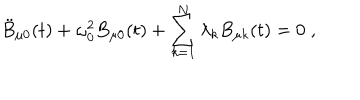
\ddot { B } _ { \mu 0 } ( t ) + \omega _ { 0 } ^ { 2 } B _ { \mu 0 } ( t ) + \sum _ { k = 1 } ^ { N } \lambda _ { k } B _ { \mu k } ( t ) = 0 \; ,